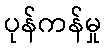
ပုန်ကန်မှု